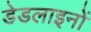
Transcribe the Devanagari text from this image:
डेडलाइनों